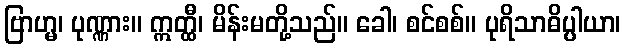
ဗြာဟ္မ၊ ပုဏ္ဏား။ ဣတ္ထီ၊ မိန်းမတို့သည်။ ခေါ၊ စင်စစ်။ ပုရိသာဓိပ္ပါယာ၊